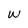
Character: w